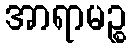
အာရာမဉ္စ